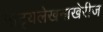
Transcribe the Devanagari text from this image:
नाट्यलेखनाखेरीज